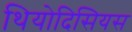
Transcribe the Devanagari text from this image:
थियोदिसियस